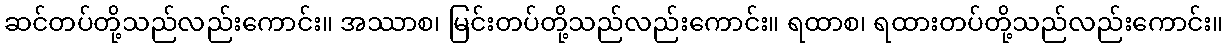
ဆင်တပ်တို့သည်လည်းကောင်း။ အဿာစ၊ မြင်းတပ်တို့သည်လည်းကောင်း။ ရထာစ၊ ရထားတပ်တို့သည်လည်းကောင်း။